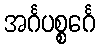
အင်္ဂပစ္စင်္ဂေ